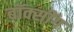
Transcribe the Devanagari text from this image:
बॉक्सींग